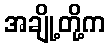
အချို့တို့က